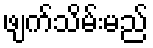
ဖျက်သိမ်းမည်